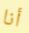
أنا